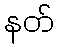
နတ်